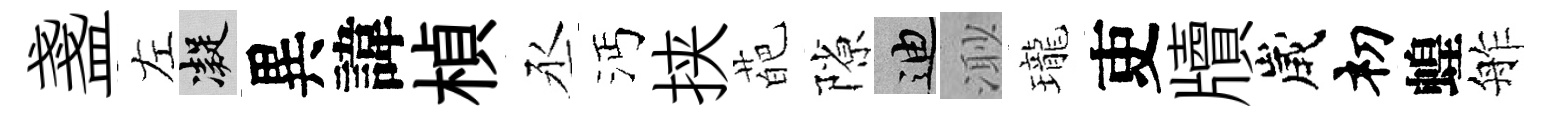
盞左凝異諱楨丞沔挟葩隙迪𣺌瓏吏牘歲𥘉蝗舴